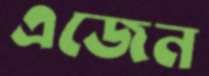
এজেন